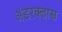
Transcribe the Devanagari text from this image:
अंडरक्लास